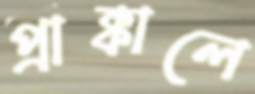
প্রাক্কালে